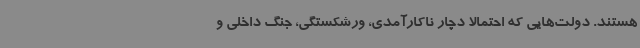
هستند. دولت‌هایی که احتمالا دچار ناکارآمدی، ورشکستگی، جنگ داخلی و